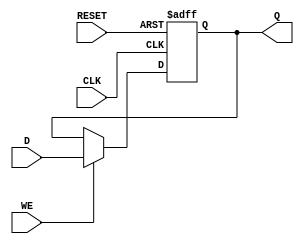
module StoreRegister (
    input wire [N-1:0] D,    // Data input
    input wire CLK,          // Clock input
    input wire WE,           // Write Enable
    input wire RESET,        // Asynchronous reset
    output reg [N-1:0] Q     // Data output
);
    parameter N = 8; // Define the width of the register (8 bits by default)

    // Always block triggered on the rising edge of the clock or the reset signal
    always @(posedge CLK or posedge RESET) begin
        if (RESET) begin
            Q <= {N{1'b0}}; // Initialize register to zero on reset
        end else if (WE) begin
            Q <= D; // Store input data when WE is high
        end
        // If WE is low, retain the current value of Q
    end
endmodule